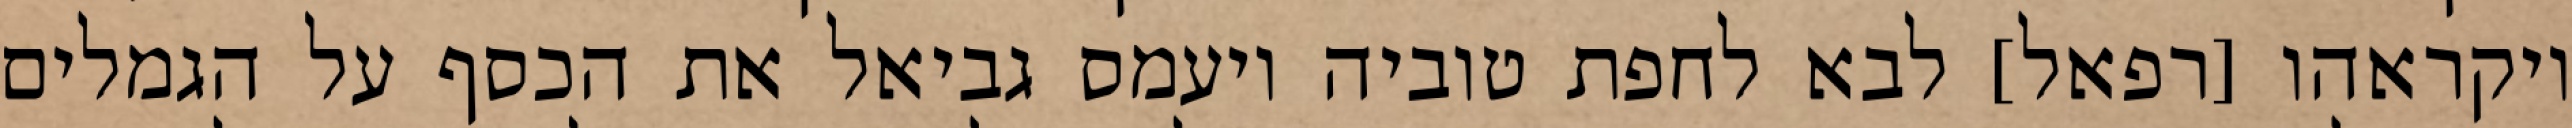
ויקראהו [רפאל] לבא לחפת טוביה ויעמס גביאל את הכסף על הגמלים